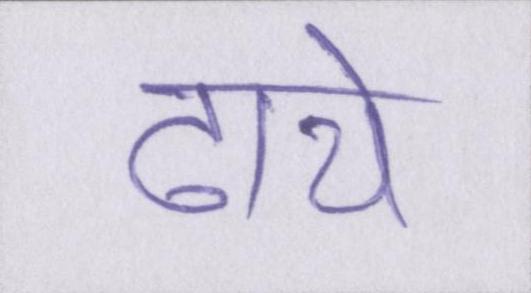
ढाये